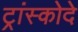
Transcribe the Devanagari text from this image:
ट्रांस्कोदे